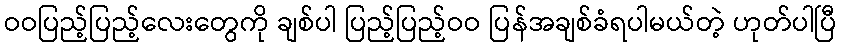
ဝဝပြည့်ပြည့်လေးတွေကို ချစ်ပါ ပြည့်ပြည့်ဝဝ ပြန်အချစ်ခံရပါမယ်တဲ့ ဟုတ်ပါပြီ